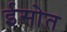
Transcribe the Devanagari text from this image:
ईसोत